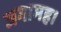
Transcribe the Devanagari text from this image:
जगामह।